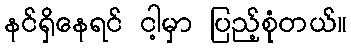
နင်ရှိနေရင် ငါ့မှာ ပြည့်စုံတယ်။